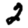
Digit: 2